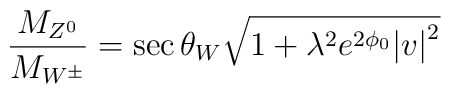
\frac{M_{Z^0}}{M_{W^\pm}} = \sec \theta_{W} \sqrt{1+{\lambda}^{2}e^{2\phi_0}{\vert v \vert}^{2}}